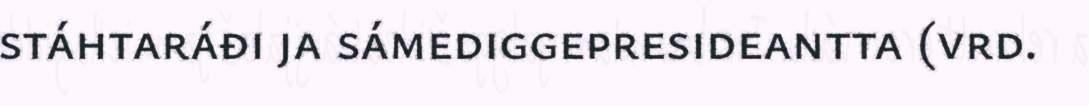
stáhtaráđi ja sámediggepresideantta (vrd.